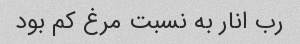
رب انار به نسبت مرغ کم بود